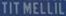
TITMELLIL